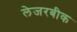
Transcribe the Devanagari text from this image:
लेजरबीक